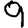
Digit: 9